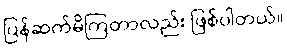
ပြန်ဆက်မိကြတာလည်း ဖြစ်ပါတယ်။